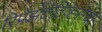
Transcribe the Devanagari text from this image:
रिप्रेझेंटेटिव्ह्सचा